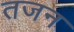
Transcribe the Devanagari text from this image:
तजन